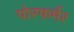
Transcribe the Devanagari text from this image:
पोरफर्मर